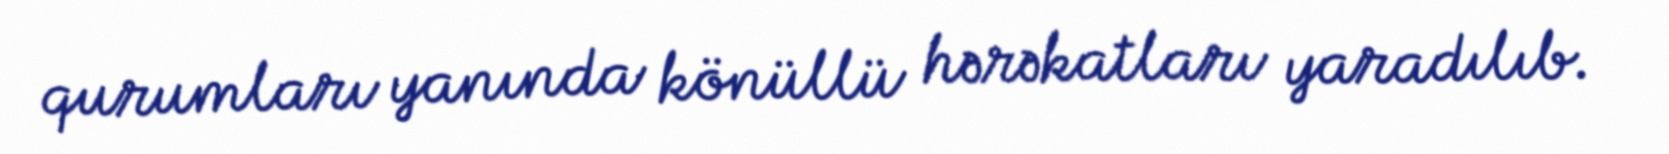
qurumları yanında könüllü hərəkatları yaradılıb.